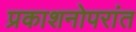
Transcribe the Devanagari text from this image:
प्रकाशनोपरांत